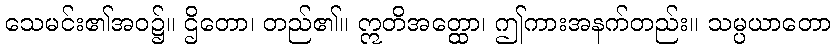
သေမင်း၏အဝ၌။ ဌိတော၊ တည်၏။ ဣတိအတ္ထော၊ ဤကားအနက်တည်း။ သမ္ပယာတော